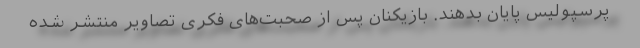
پرسپولیس پایان بدهند. بازیکنان پس از صحبت‌های فکری تصاویر منتشر شده